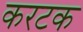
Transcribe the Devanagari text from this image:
करटक